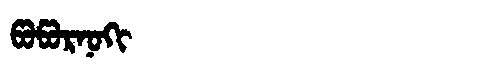
Manchu: ᡦᠣᡦᠣᡵᠨᠣᡴᡳ
Romanization: POPORNOKI